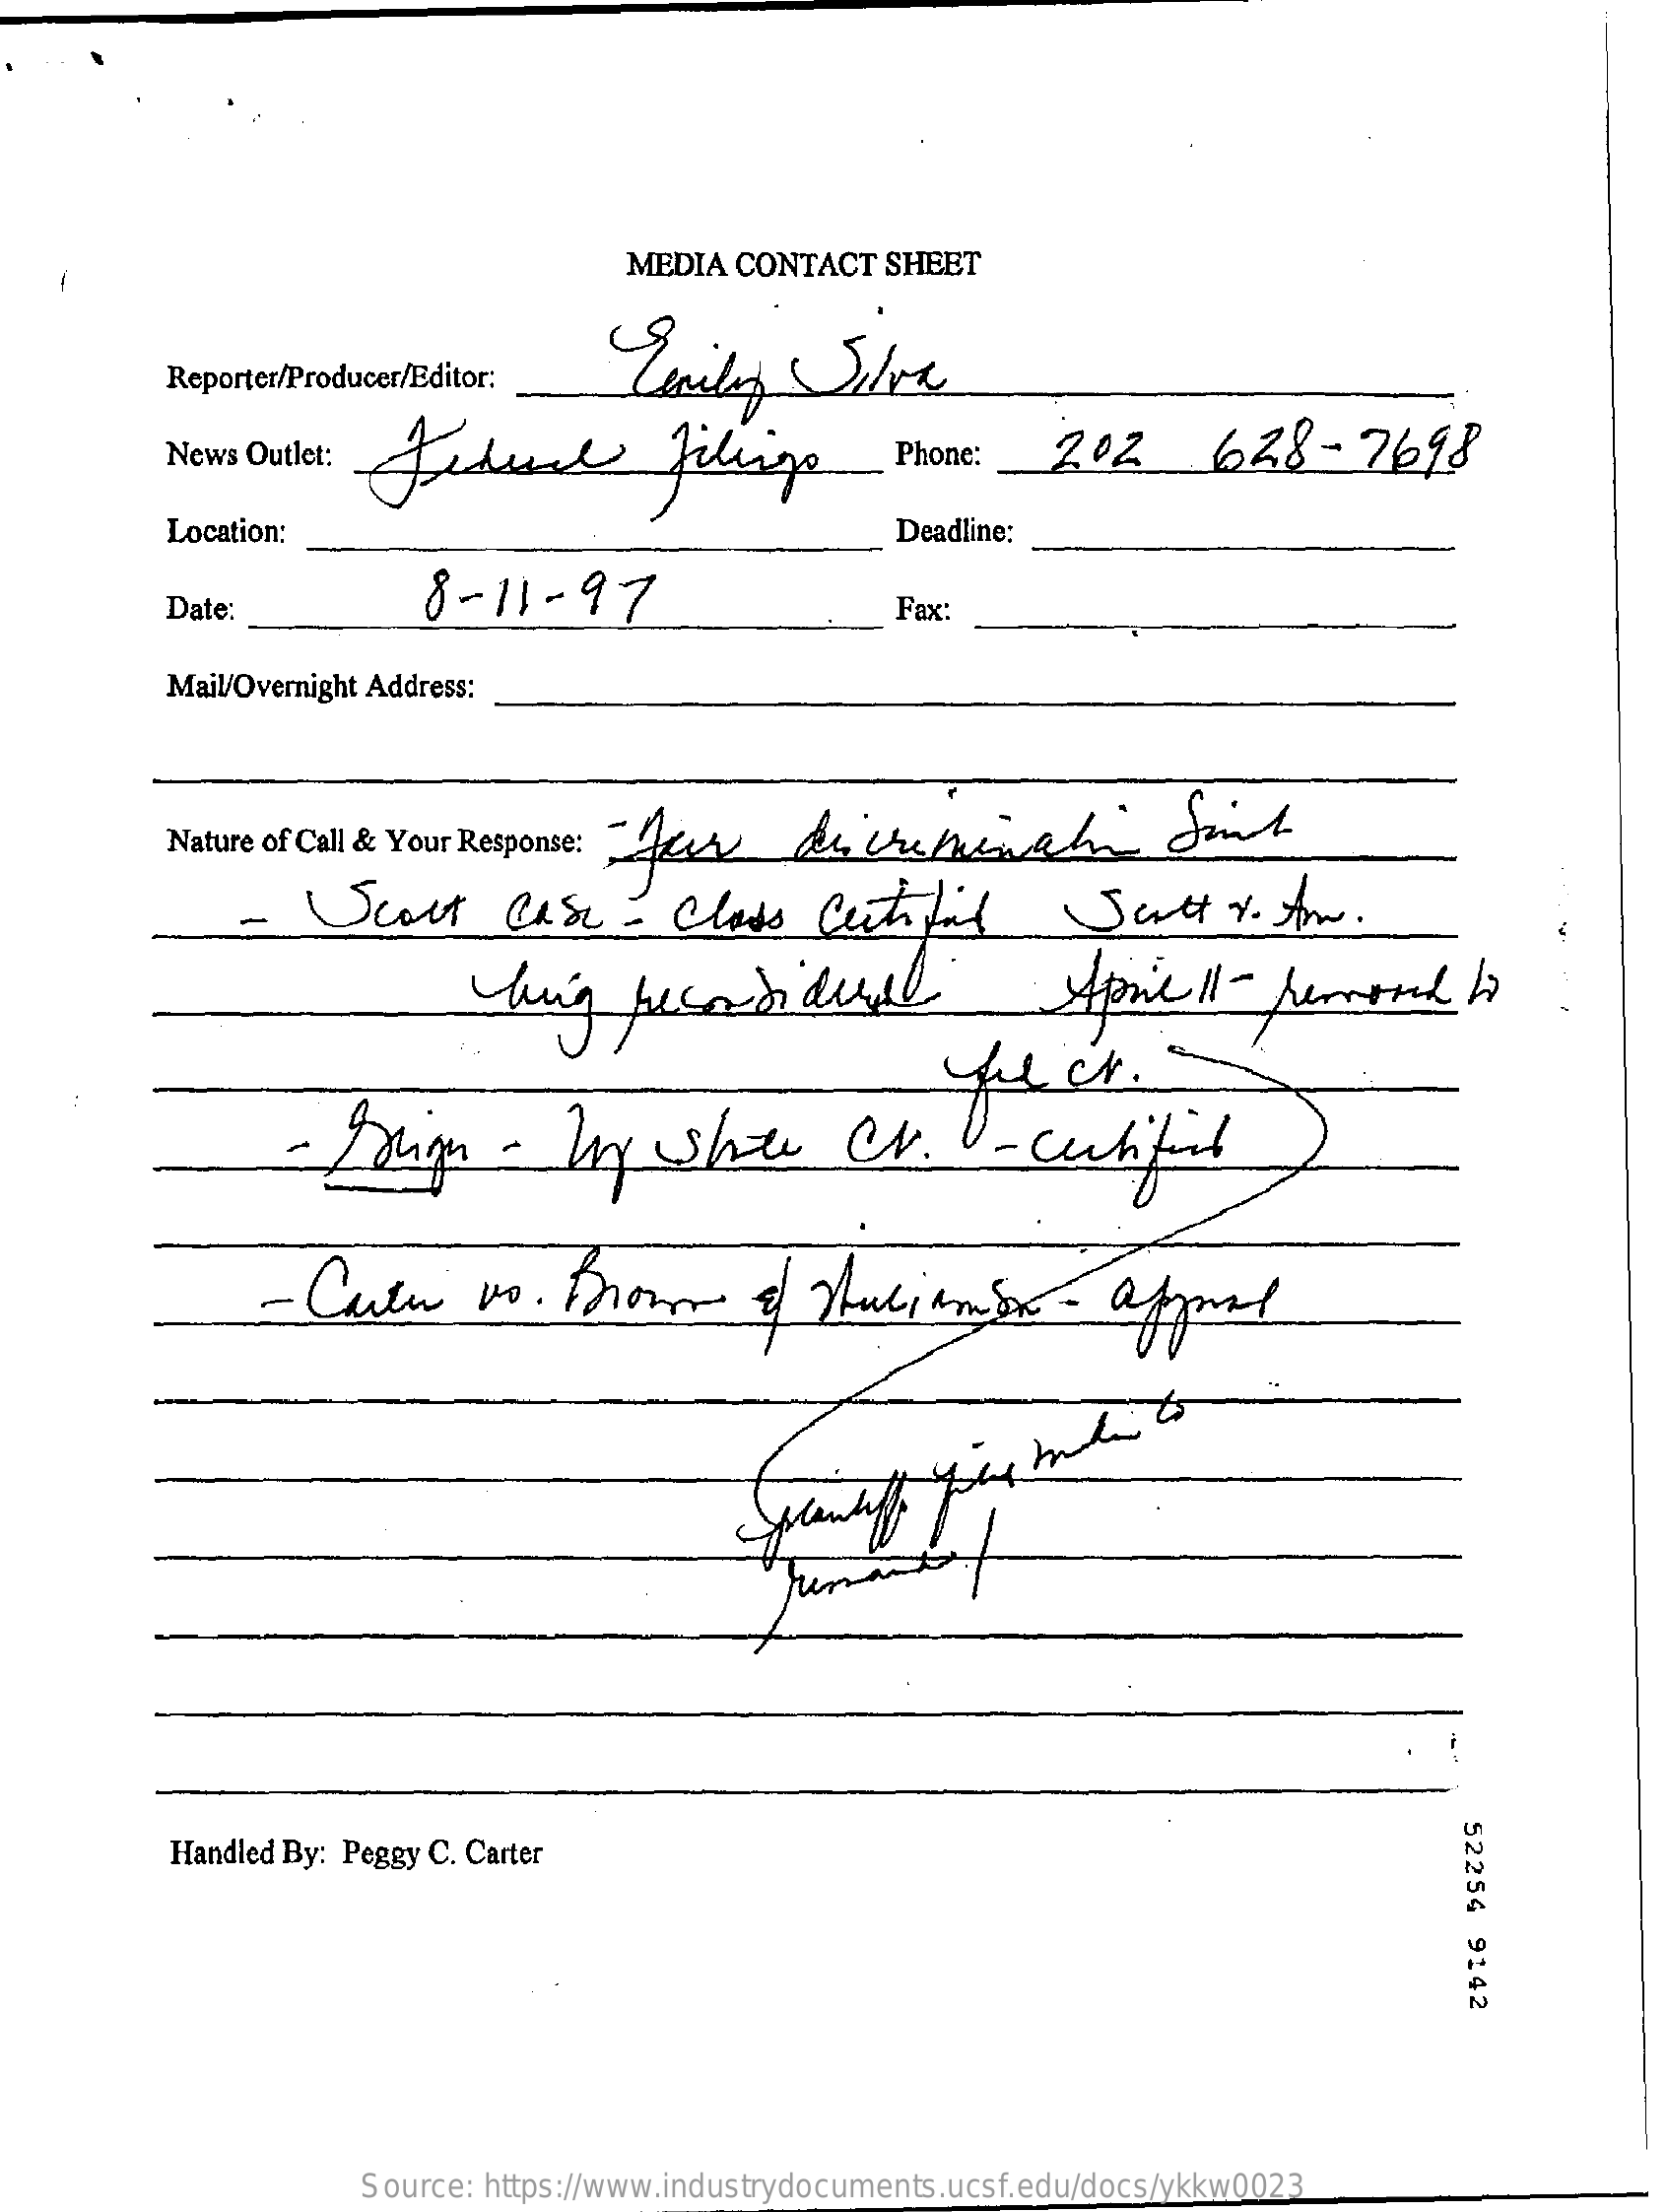
MEDIA  CONTACT   SHEET
     Geriley   Silva Reporter/Producer/Editor:
     News Outlet: Audun    filingo    Phone :   202    628    - 7698
     Location:    Deadline:
     Date:    8-11-    97    Fax:
     Mail/Overnight Address:
     Nature of Call & Your Response: -four dicriminali    Siit
     Scout    Case    -  Class    Certifiil    Satt    v. A.
     ing  lecandidul    Aniell    -  peroud    h
     -  Sim    -   Iny   she    CV.    V-culifiol
     - Cati    vo  . Brown    of  Muliamox    -   appare
     52254
     9142
     Handled By: Peggy C. Carter
     Source: https://www.industrydocuments.ucsf.edu/docs/ykkw0023